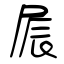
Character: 屒